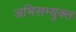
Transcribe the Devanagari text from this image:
अभिसम्युक्त